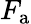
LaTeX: F_{\mathrm{a}}